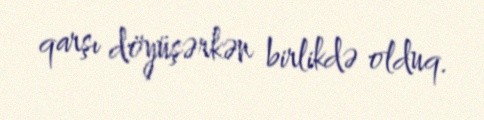
qarşı döyüşərkən birlikdə olduq.